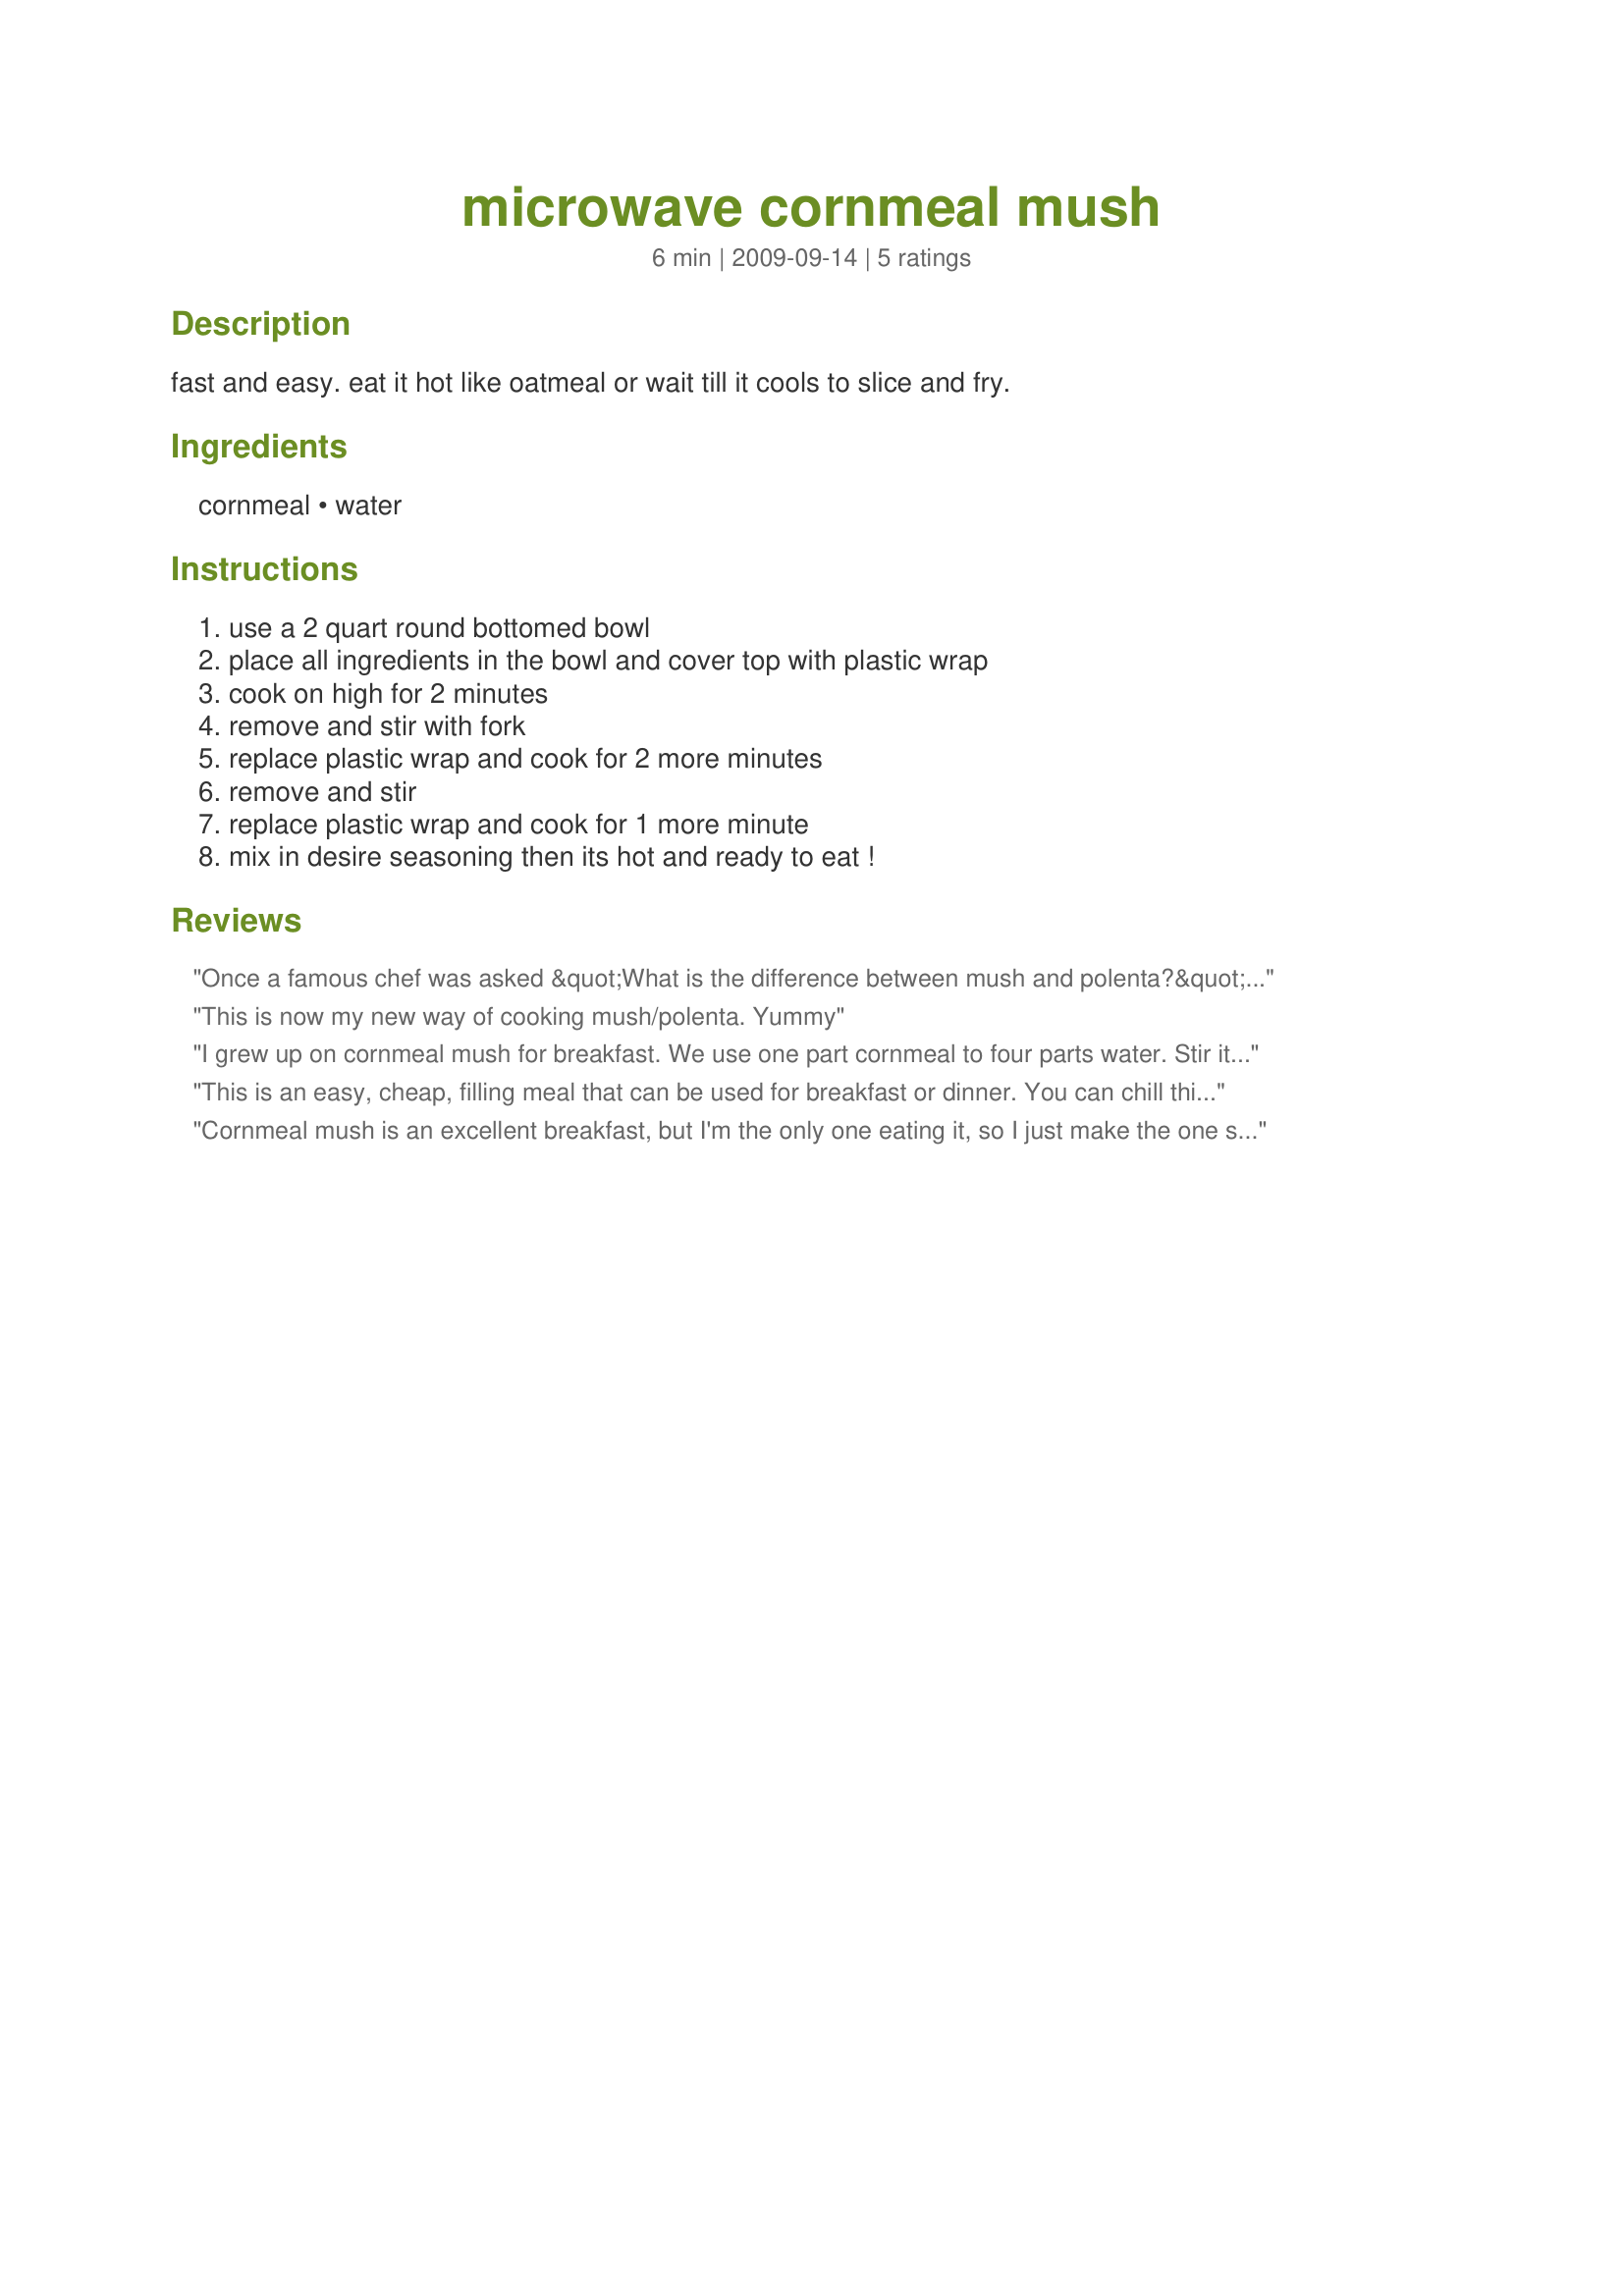
microwave cornmeal mush
Preparation time: 6 minutes

fast and easy. eat it hot like oatmeal or wait till it cools to slice and fry.

Ingredients:
cornmeal, water

Steps:
use a 2 quart round bottomed bowl, place all ingredients in the bowl and cover top with plastic wrap, cook on high for 2 minutes, remove and stir with fork, replace plastic wrap and cook for 2 more minutes, remove and stir, replace plastic wrap and cook for 1 more minute, mix in desire seasoning then its hot and ready to eat !

Reviews:
Once a famous chef was asked &quot;What is the difference between mush and polenta?&quot; He replied &quot;About two dollars per serving&quot;
This is now my new way of cooking mush/polenta. Yummy
I grew up on cornmeal mush for breakfast. We use one part cornmeal to four parts water. Stir it up and zap it in the microwave, stirring a few times till it's done. I liked it served with salt, pepper and butter. Yummmm. Thanks for posting. I'm eating this today after forgetting about it for several years.
This is an easy, cheap, filling meal that can be used for breakfast or dinner. You can chill this, cut it into slices and fry or bake it, serve it with maple syrup, melted cheese, spaghetti sauce, add stuff to the basic mix--cooked sausage is good--bake the basic mix after beating in some milk and a couple eggs. Its just a hugely versatile dish. We ate it a lot as a kid, especially when money was tight. The trick is to remember 1 part corn meal to 4 parts water. Cook until thick, stirring frequently.
Cornmeal mush is an excellent breakfast, but I'm the only one eating it, so I just make the one serving in the microwave. 

The key to making this in te microwave is to stir at the right time and use a medium sized bowl. Covering a paper towel works, too. All microwaves are different, but here's what I do:
1. Stir after mixing in bowl
2. Stir after a minute (it will be very thin but uniform at this point, the meal tends to start to lump at the bottom at this point, too, so it is ideal to stir first at this point)
3. Stir after another minute (it should be getting to a good thickness and I stop here usually)
4. Stir in 30 second intervals if you want thicker mush.

Keep in mind that it thickens after cooling off for a minute, too.

I don't think the nutritional value calculated here is correct as the Aunt Jemima's cornmeal has more nutritional value than what is indicated here. This is a tasty, substantial, and healthy breakfast.
